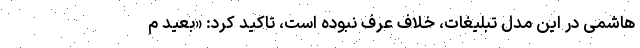
هاشمی در این مدل تبلیغات، خلاف‌ عرف نبوده است، تاکید کرد: «بعید م